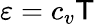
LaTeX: \varepsilon=c_{v}\mathsf{T}